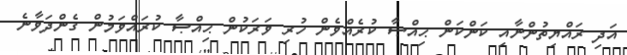
އަދި ރައްޔިތުންނާއި ކަންކަން ޙިއްޞާ ކުރެއްވެން ހުރި ވަރަކުން ޙިއްޞާ ކުރައްވަމުން ގެންދަވާނެ